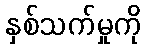
နှစ်သက်မှုကို